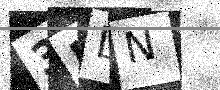
Text: 3MDN